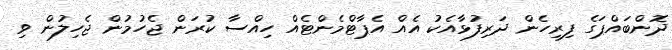
ދޮންބައްޕަގެ ފިރިހެން ދަރިފުޅާއެކު އެއް އެޕާޓްމެންޓެއް ހިއްސާ ކުރަން ޖެހުމުން ޖެހިލުން ވި